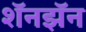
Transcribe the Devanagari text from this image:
शॅनझॅन